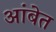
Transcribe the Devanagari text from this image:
आंबेत